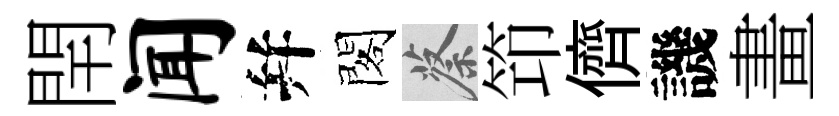
閈闻幷閣蔡笻儕譏畫